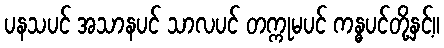
ပနသပင် အသာနပင် သာလပင် တက္ကုမပင် ကန္ဓပင်တို့နှင့်။